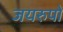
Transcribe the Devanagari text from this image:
जयरुपो